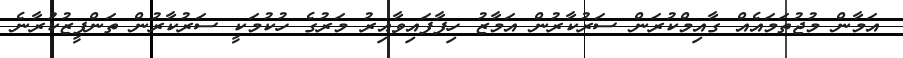
އަމާން މުޖުތަމައެއް ގާއިމްކުރަން ސަރުކާރުން އަމާޒު ހިފާފައިވާއިރު މަރުގެ ހުކުމަކީ ސަރުކާރުން ތަންފީޒުކުރާނެ